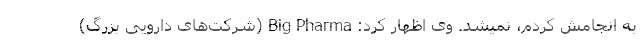
به انجامش کردم، نمیشد. وی اظهار کرد: Big Pharma (شرکت‌های دارویی بزرگ)